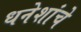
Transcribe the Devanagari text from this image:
धनेशांचे